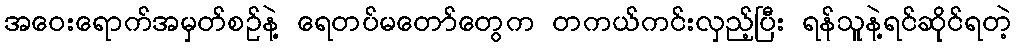
အဝေးရောက်အမှတ်စဉ်နဲ့ ရေတပ်မတော်တွေက တကယ်ကင်းလှည့်ပြီး ရန်သူနဲ့ရင်ဆိုင်ရတဲ့